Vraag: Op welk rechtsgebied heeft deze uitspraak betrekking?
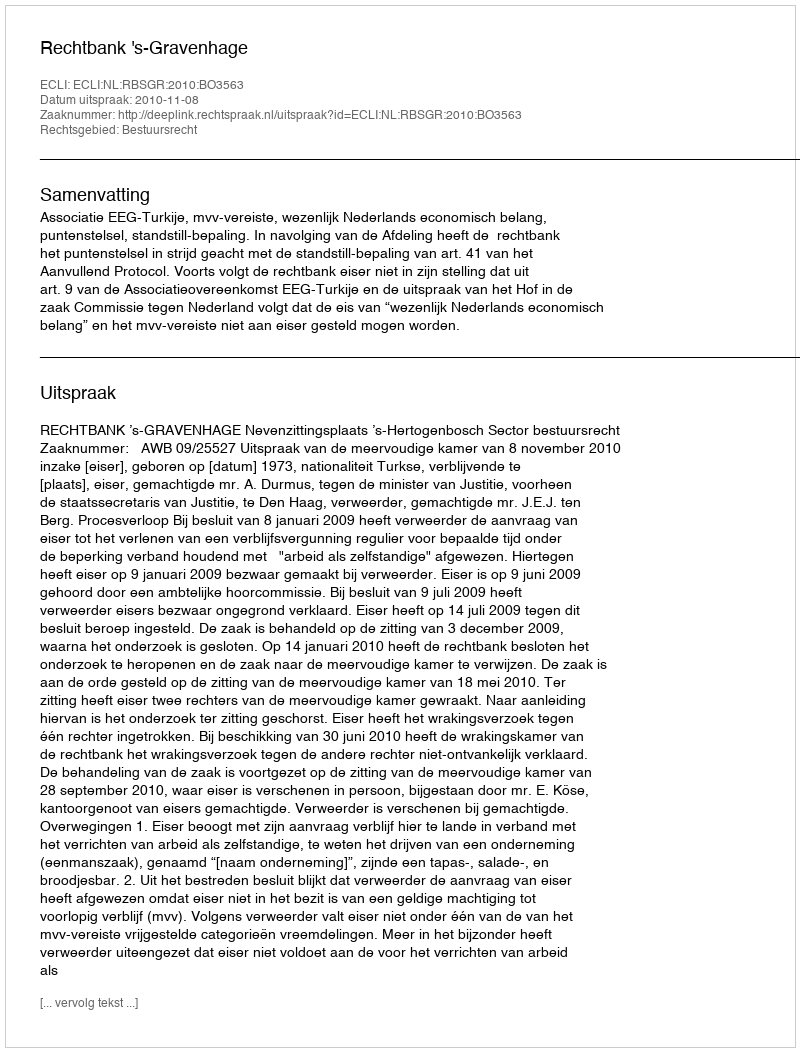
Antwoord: Bestuursrecht